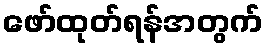
ဖော်ထုတ်ရန်အတွက်